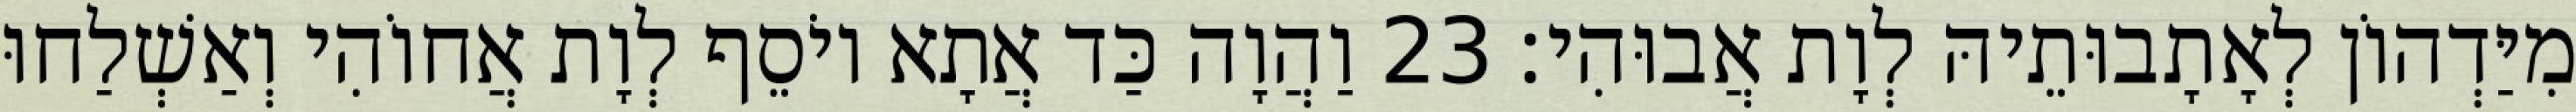
מִיַּדְהוֹן לְאָתָבוּתֵיהּ לְוָת אֲבוּהִי׃ 23 וַהֲוָה כַּד אֲתָא יוֹסֵף לְוָת אֲחוֹהִי וְאַשְׁלַחוּ